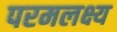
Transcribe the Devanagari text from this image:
परमलक्ष्य